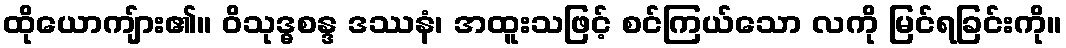
ထိုယောကျ်ား၏။ ဝိသုဒ္ဓစန္ဒ ဒဿနံ၊ အထူးသဖြင့် စင်ကြယ်သော လကို မြင်ရခြင်းကို။